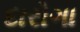
દારોગા